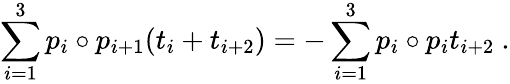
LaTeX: \sum_{i=1}^{3}p_{i}\circ p_{i+1}(t_{i}+t_{i+2})=-\sum_{i=1}^{3}p_{i}\circ p_{i}t_{i+2}~.